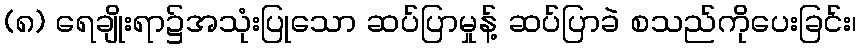
(၈) ရေချိုးရာ၌အသုံးပြုသော ဆပ်ပြာမှုန့် ဆပ်ပြာခဲ စသည်ကိုပေးခြင်း၊